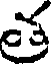
త